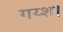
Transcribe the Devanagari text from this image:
गय्श।